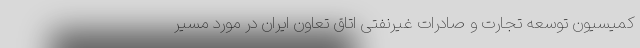
کمیسیون توسعه تجارت و صادرات غیرنفتی اتاق تعاون ایران در مورد مسیر